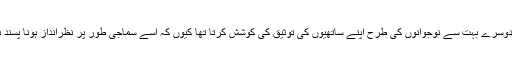
وہ بھی دوسرے بہت سے نوجوانوں کی طرح اپنے ساتھیوں کی توثیق کی کوشش کرتا تھا کیوں کہ اسے سماجی طور پر نظرانداز ہونا پسند نہیں تھا۔